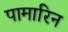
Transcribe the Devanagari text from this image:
पामारिन